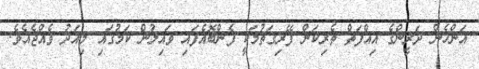
އަންހެން ދަރީންގެ އިއްފަތް ތެރިކަން ފޭރިގަތުމަކީ ފެންބޮއެފައި ވައިލުން ކަމުގައި މިއަދު ވެއްޖެއެވެ.